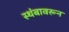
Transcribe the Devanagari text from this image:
स्थंबावरून